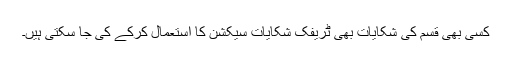
کسی بھی قسم کی شکایات بھی ٹریفک شکایات سیکشن کا استعمال کرکے کی جا سکتی ہیں۔